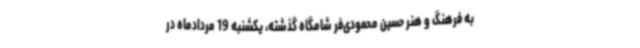
به فرهنگ و هنر حسین محمودی‌فر شامگاه گذشته، یکشنبه 19 مردادماه در